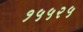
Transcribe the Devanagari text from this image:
१५५२५